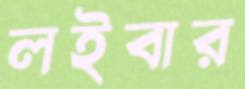
লইবার